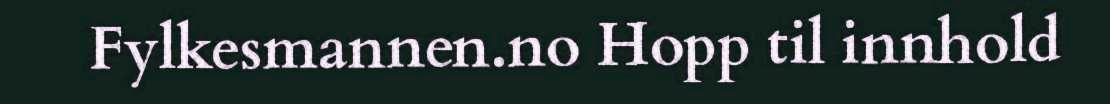
Fylkesmannen.no Hopp til innhold